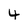
Character: 4